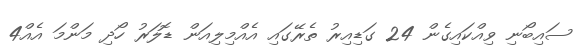
ސައިބޯނި ވިއްކައިގެން 24 ގަޑިއިރު ތެރޭގައި އެއްމިލިއަން ޑޮލަރު ހޯދި މަންމަ އެއް4